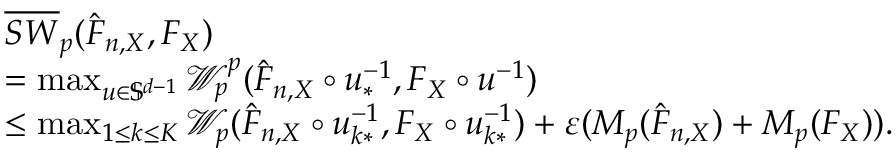
\begin{array} { r l } & { \overline { { S W } } _ { p } ( \hat { F } _ { n , X } , F _ { X } ) } \\ & { = \operatorname* { m a x } _ { u \in \mathbb { S } ^ { d - 1 } } \mathcal { W } _ { p } ^ { p } ( \hat { F } _ { n , X } \circ u _ { * } ^ { - 1 } , F _ { X } \circ u ^ { - 1 } ) } \\ & { \leq \operatorname* { m a x } _ { 1 \leq k \leq K } \mathcal { W } _ { p } ( \hat { F } _ { n , X } \circ u _ { k * } ^ { - 1 } , F _ { X } \circ u _ { k * } ^ { - 1 } ) + \varepsilon ( M _ { p } ( \hat { F } _ { n , X } ) + M _ { p } ( F _ { X } ) ) . } \end{array}